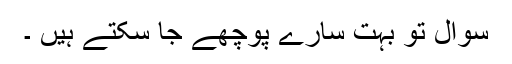
سوال تو بہت سارے پوچھے جا سکتے ہیں ۔